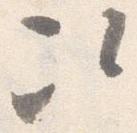
次